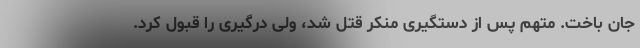
جان باخت. متهم پس از دستگیری منکر قتل شد، ولی درگیری را قبول کرد.